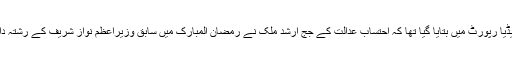
س سے قبل بھی ایک میڈیا رپورٹ میں بتایا گیا تھا کہ احتساب عدالت کے جج ارشد ملک نے رمضان المبارک میں سابق وزیراعظم نواز شریف کے رشتہ دار سے ملاقات کی تھی۔